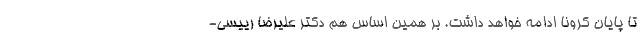
تا پایان کرونا ادامه خواهد داشت. بر همین اساس هم دکتر علیرضا رییسی-